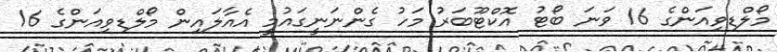
މޯލްޑިވިއަންގެ 16 ވަނަ ބޯޓު އޮކްޓޫބަރު މަހު ގެންނަނީގައުމީ އެއާލައިން މޯލްޑިވިއަންގެ 16